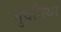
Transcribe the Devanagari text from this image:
बुर्यतिया